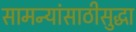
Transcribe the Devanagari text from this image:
सामन्यांसाठीसुद्धा